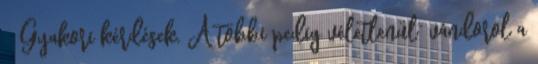
- Gyakori kérdések. A többi pedig véletlenül” vándorol a